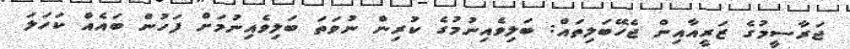
ޖަރާސީމުގެ ޒަރީއާއިން ޖެހޭބަލިތައް: ބަލިވެއިނުމުގެ ކުރިން ނުވަތަ ބަލިވެއިނުމަށް ފަހުން ބައެއް ކަހަލަ